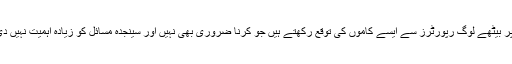
ڈیسک پر بیٹھے لوگ رپورٹرز سے ایسے کاموں کی توقع رکھتے ہیں جو کرنا ضروری بھی نہیں اور سینجدہ مسائل کو زیادہ اہمیت نہیں دی جاتی۔